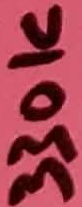
Text: 330K